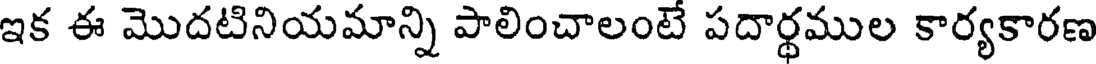
ఇక ఈ మొదటినియమాన్ని పాలించాలంటే పదార్థముల కార్యకారణ